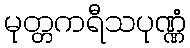
မုတ္တကရီသပုဏ္ဏံ